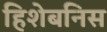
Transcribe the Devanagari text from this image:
हिशेबनिस